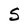
Character: S